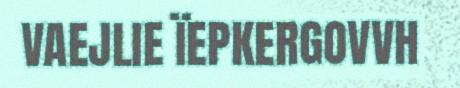
VAEJLIE ÏEPKERGOVVH